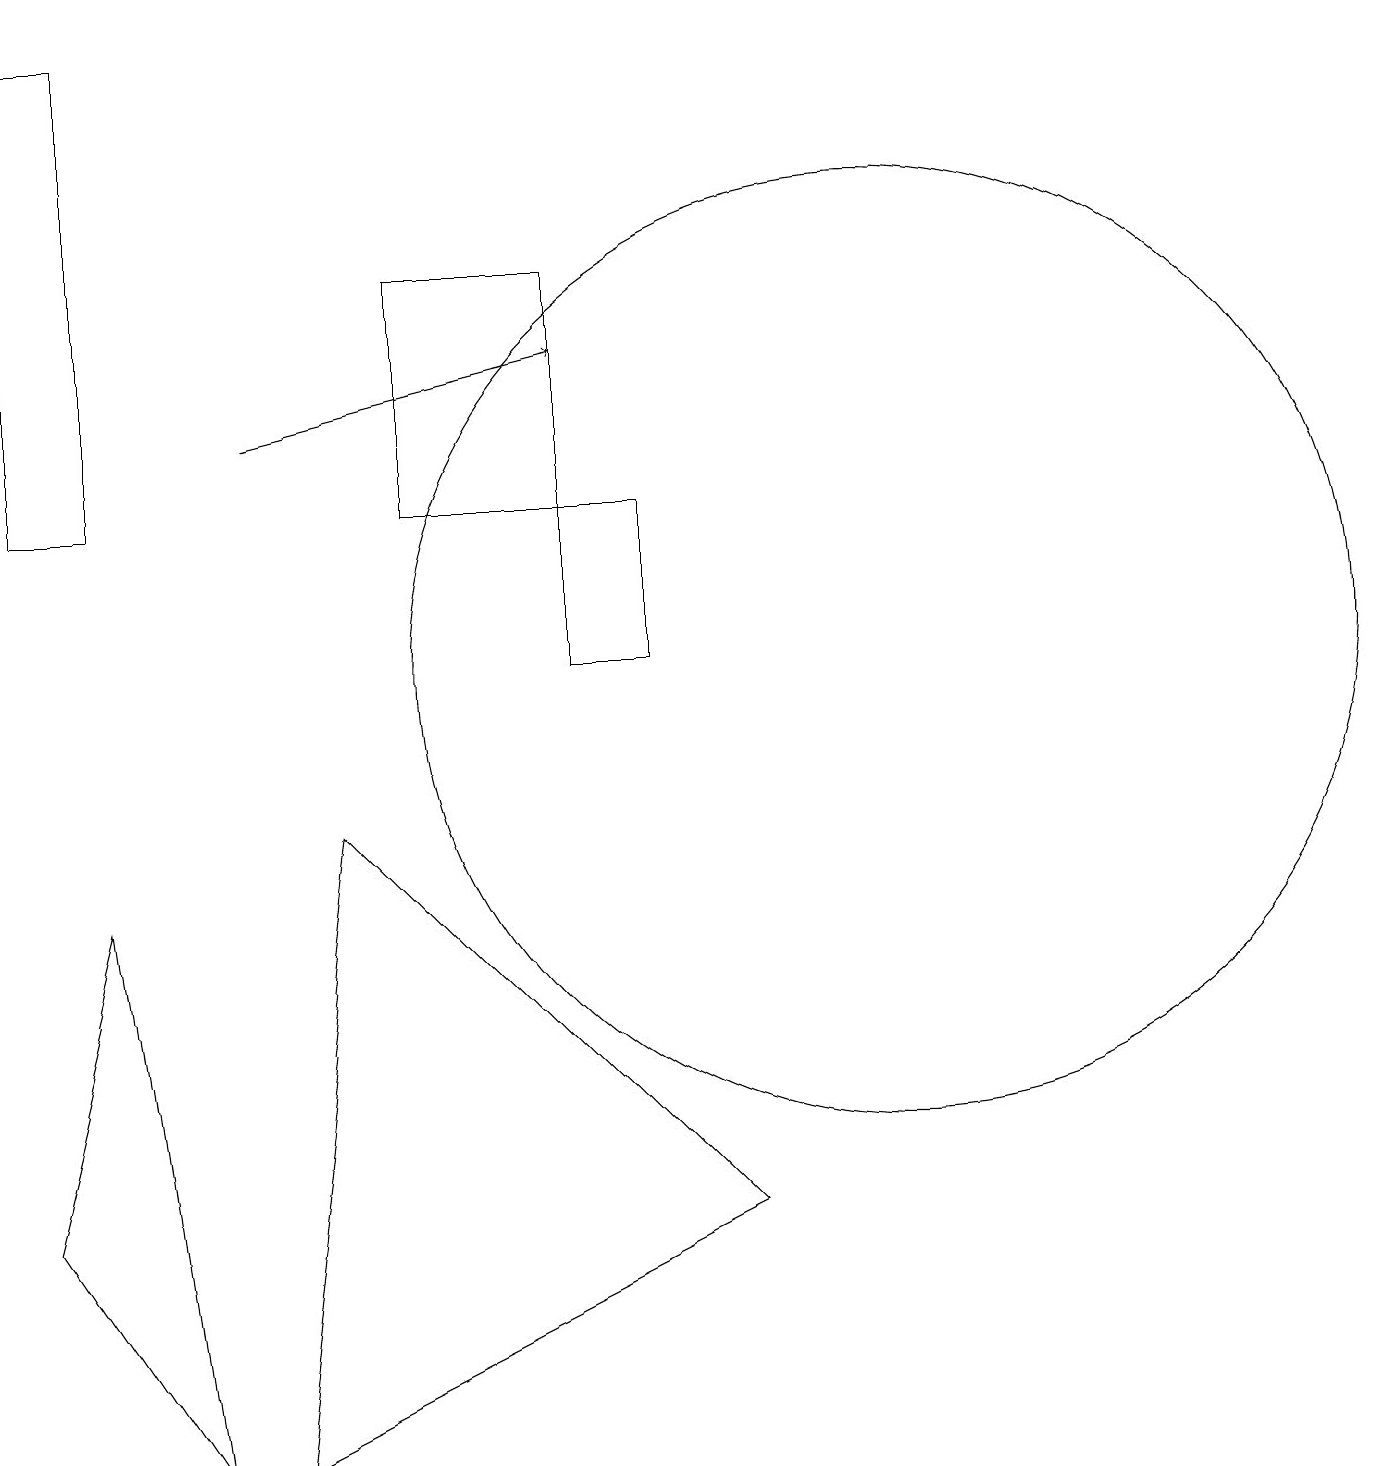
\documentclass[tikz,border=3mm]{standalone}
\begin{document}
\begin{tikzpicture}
\draw (9,3) -- (3,0) -- (4,8) -- cycle;
\draw (8,12) rectangle (7,10);
\draw[->] (3,13) -- (7,14);
\draw (2,0) -- (1,7) -- (0,3) -- cycle;
\draw (5,15) rectangle (7,12);
\draw (11,10) circle (6);
\draw (1,18) rectangle (0,12);
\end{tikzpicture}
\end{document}